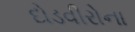
દોડવીરોના